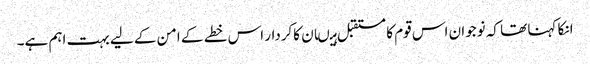
انکا کہنا تھا کہ نوجوان اس قوم کا مستقبل ہیںان کاکردار اس خطے کے امن کے لیے بہت اہم ہے۔